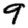
Digit: 9